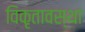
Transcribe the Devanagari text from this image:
विकृतावस्था